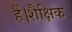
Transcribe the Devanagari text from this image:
हैं।शैक्षिक